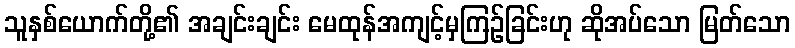
သူနှစ်ယောက်တို့၏ အချင်းချင်း မေထုန်အကျင့်မှကြဉ်ခြင်းဟု ဆိုအပ်သော မြတ်သော